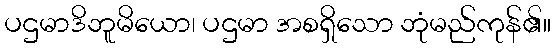
ပဌမာဒိဘူမိယော၊ ပဌမာ အစရှိသော ဘုံမည်ကုန်၏။